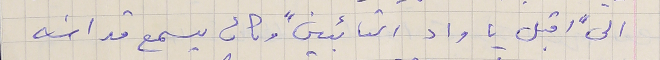
الى " اقبل يا واد التائبين " وكان يسمع قداسَه